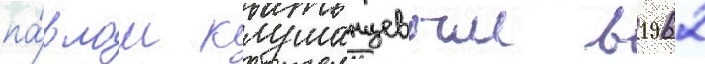
па́влом клушанцевым в 1962